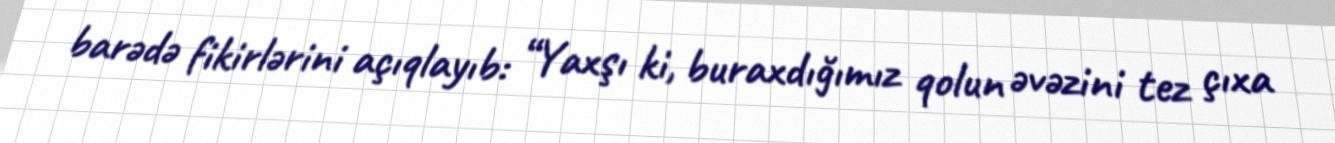
barədə fikirlərini açıqlayıb: “Yaxşı ki, buraxdığımız qolun əvəzini tez çıxa